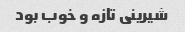
شیرینی تازه و خوب بود